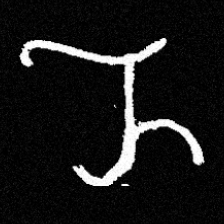
Pyu character \u2014 Myanmar letter: ည (romanized: nya)